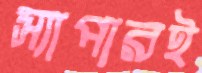
স্যাপারই